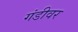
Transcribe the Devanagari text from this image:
गंडीवर